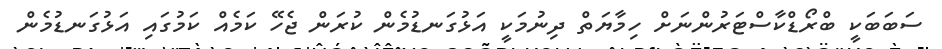
ސަބަބަކީ ބްރޯޑްކާސްޓަރުންނަށް ހިމާޔަތް ދިނުމަކީ އަޅުގަނޑުމެން ކުރަން ޖެހޭ ކަމެއް ކަމުގައި އަޅުގަނޑުމެން